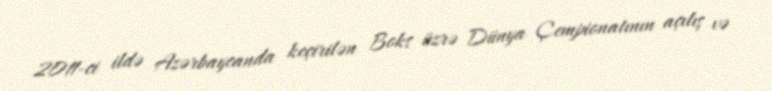
2011-ci ildə Azərbaycanda keçirilən Boks üzrə Dünya Çempionatının açılış və